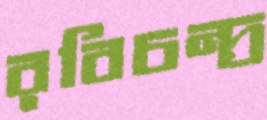
রবিচন্দ্র